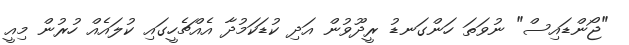
"ޖޯންޑައިސް" ނުވަތަ ހަންގަނޑު ރީދޫވުން އަދި ކުޑަކަމުދާ އެއްޗެހީގައި ކުލައެއް ހުރުން މިއީ